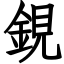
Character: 鋧